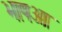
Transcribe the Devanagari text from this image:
भाषआ